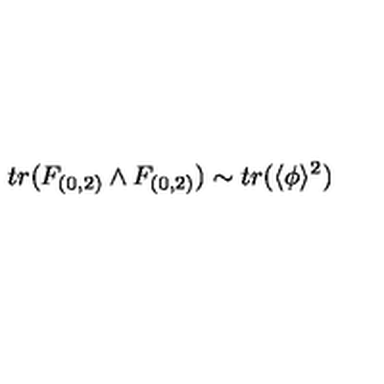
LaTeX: t r ( F _ { ( 0 , 2 ) } \wedge F _ { ( 0 , 2 ) } ) \sim t r ( \langle \phi \rangle ^ { 2 } )